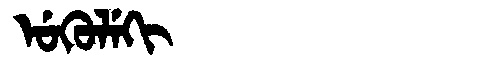
Manchu: ᡠᡴᡠᠯᡝᡴᡳ
Romanization: UKULEKI